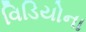
વિડિયોના